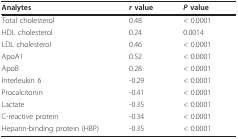
| Analytes | r value | P value |
 | --- | --- | --- |
 | Total cholesterol | 0.48 | < 0.0001 |
 | HDL cholesterol | 0.24 | 0.0014 |
 | LDL cholesterol | 0.46 | < 0.0001 |
 | ApoA1 | 0.52 | < 0.0001 |
 | ApoB | 0.28 | < 0.0001 |
 | Interleukin 6 | -0.29 | < 0.0001 |
 | Procalcitonin | -0.41 | < 0.0001 |
 | Lactate | -0.35 | < 0.0001 |
 | C-reactive protein | -0.34 | < 0.0001 |
 | Heparin-binding protein (HBP) | -0.35 | < 0.0001 |